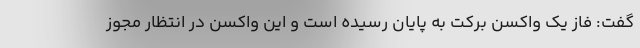
گفت: فاز یک واکسن برکت به پایان رسیده است و این واکسن در انتظار مجوز